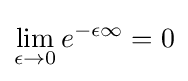
\lim _{\epsilon \to 0}e^{-\epsilon \infty }=0